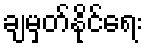
ချမှတ်နိုင်ရေး